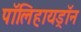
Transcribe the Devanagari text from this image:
पॉलिहायड्रॉन